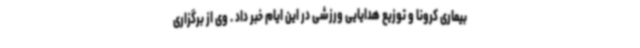
بیماری کرونا و توزیع هدایایی ورزشی در این ایام خبر داد . وی از برگزاری